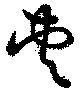
夾